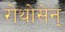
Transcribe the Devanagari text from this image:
रोथोसेन्